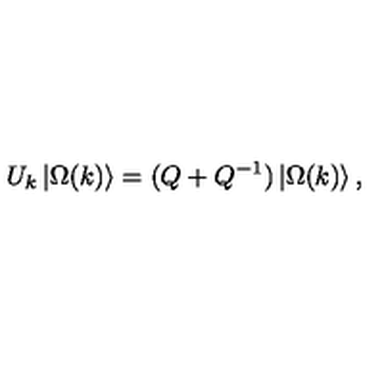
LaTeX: U _ { k } \left| \Omega ( k ) \right\rangle = ( Q + Q ^ { - 1 } ) \left| \Omega ( k ) \right\rangle ,